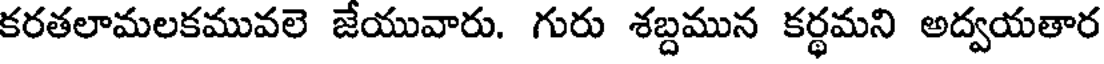
కరతలామలకమువలె జేయువారు. గురు శబ్దమున కర్థమని అద్వయతార